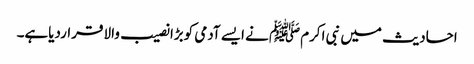
احادیث میں نبی اکرمﷺ نے ایسے آدمی کوبڑا نصیب والا قراردیاہے۔